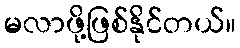
မလာဖို့ဖြစ်နိုင်တယ်။